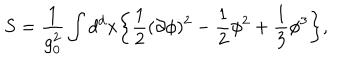
LaTeX: S = \frac { 1 } { g _ { 0 } ^ { 2 } } \int d ^ { d } x \bigg \{ \frac { 1 } { 2 } ( \partial \phi ) ^ { 2 } - \frac { 1 } { 2 } \phi ^ { 2 } + \frac { 1 } { 3 } \phi ^ { 3 } \bigg \} ,